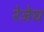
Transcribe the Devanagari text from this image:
रेजेघ